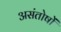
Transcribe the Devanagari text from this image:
असंतोषों